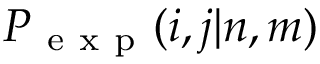
P _ { \mathrm { ~ e ~ x ~ p ~ } } ( i , j | n , m )